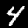
Digit: 4